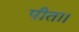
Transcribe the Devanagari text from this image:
पीता।